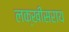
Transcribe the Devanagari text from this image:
लक्खीसराय